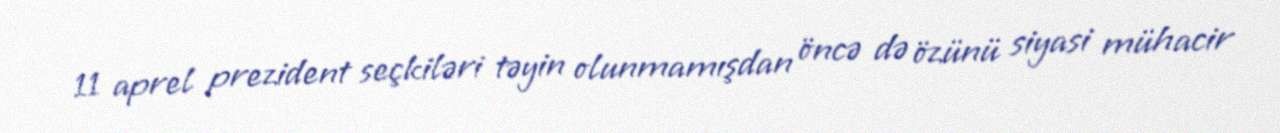
11 aprel prezident seçkiləri təyin olunmamışdan öncə də özünü siyasi mühacir